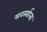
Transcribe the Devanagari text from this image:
सवर्स्यात्ता